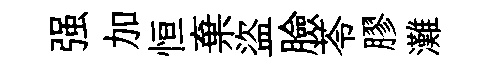
强加恒棄盜臉苓膠灘